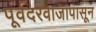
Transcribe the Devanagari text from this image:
पूर्वदरवाजापासून